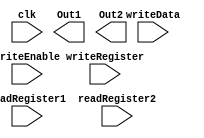
`timescale 1ns / 1ps
//////////////////////////////////////////////////////////////////////////////////
// Company: 
// Engineer: 
// 
// Design Name: 
// Module Name: register
// Project Name: 
// Target Devices: 
// Tool Versions: 
// Description: 
// 
// Dependencies: 
// 
// Revision:
// Revision 0.01 - File Created
// Additional Comments:
// 
//////////////////////////////////////////////////////////////////////////////////


module register(clk, writeEnable, writeRegister, writeData,readRegister1,Out1,readRegister2,Out2);
 input  clk;
 input  writeEnable;
 input  writeRegister;
 input  [7:0] writeData;
 input  readRegister1;
 output  [7:0] Out1,Out2;
 input  readRegister2;
 reg [7:0] regArray[1:0];
 integer i,f;
initial begin
    // intialising the registers with default values to start with
	regArray[0]=8'b00000100; 
	regArray[1]=8'b00000101;
 end

 // write operation
always @ (posedge clk ) 
begin
   if(writeEnable) 
   begin
    regArray[writeRegister] <= writeData;
   end
 end
endmodule